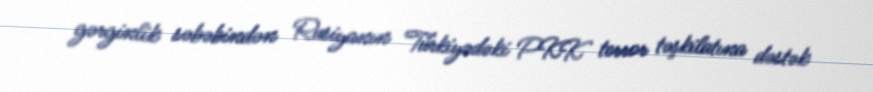
gərginlik səbəbindən Rusiyanın Türkiyədəki PKK terror təşkilatına dəstək